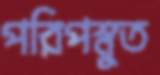
পরিপস্নুত